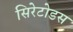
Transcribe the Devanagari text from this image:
सिरेटोडस